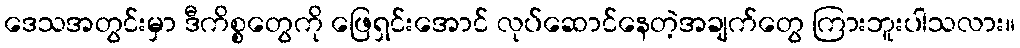
ဒေသအတွင်းမှာ ဒီကိစ္စတွေကို ဖြေရှင်းအောင် လုပ်ဆောင်နေတဲ့အချက်တွေ ကြားဘူးပါသလား။